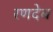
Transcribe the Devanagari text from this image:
रणदेब